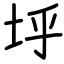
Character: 垀